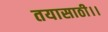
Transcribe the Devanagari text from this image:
तयासाठी।।